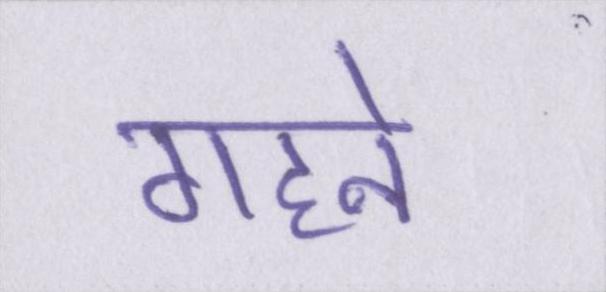
गहने